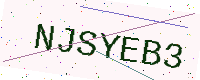
Text: NJSYEB3